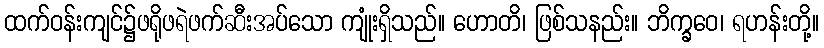
ထက်ဝန်းကျင်၌ဖရိုဖရဲဖက်ဆီးအပ်သော ကျုံးရှိသည်။ ဟောတိ၊ ဖြစ်သနည်း။ ဘိက္ခဝေ၊ ရဟန်းတို့။